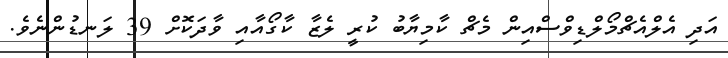
އަދި އެލްއެޗްމޯލްޑިވްސްއިން މެޗް ކާމިޔާބު ކުރީ ލެޒާ ކާގޯއާއި ވާދަކޮށް 39 ލަނޑުންނެވެ.